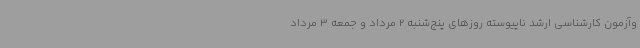
وآزمون کارشناسی ارشد ناپیوسته روزهای پنج‌شنبه 2 مرداد و جمعه 3 مرداد